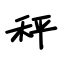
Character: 秤